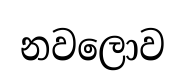
නවලොව